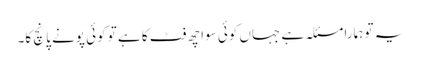
یہ تو ہمارا مسئلہ ہے جہاں کوئی سوا چھ فٹ کا ہے تو کوئی پونے پانچ کا۔